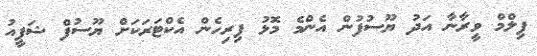
ފިލްމް ވީރާނާ އަދު ޔޫސުފުން އެންމެ މޮޅު ފިރިހެން އެކްޓަރަކަށް ޔޫސުފް ޝަފީއު